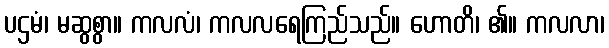
ပဌမံ၊ မဆွစွာ။ ကလလံ၊ ကလလရေကြည်သည်။ ဟောတိ၊ ၏။ ကလလာ၊